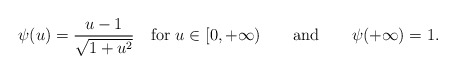
\begin{align*}\psi(u)={u-1\over \sqrt{1+u^{2}}}\quad\mbox{for }u\in [0,+\infty)\qquad\mbox{and}\qquad\psi(+\infty)=1.\end{align*}